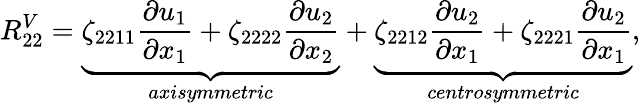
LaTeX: R_{22}^{V}=\underbrace{\zeta_{2211}\frac{\partial u_{1}}{\partial x_{1}}+\zeta_{2222}\frac{\partial u_{2}}{\partial x_{2}}}_{axisymmetric}+\underbrace{\zeta_{2212}\frac{\partial u_{2}}{\partial x_{1}}+\zeta_{2221}\frac{\partial u_{2}}{\partial x_{1}}}_{centrosymmetric},